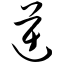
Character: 逆